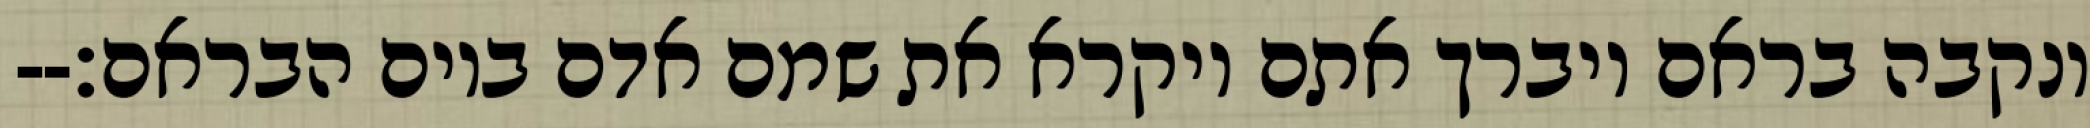
ונקבה בראם ויברך אתם ויקרא את שמם אדם ביום הבראם׃--